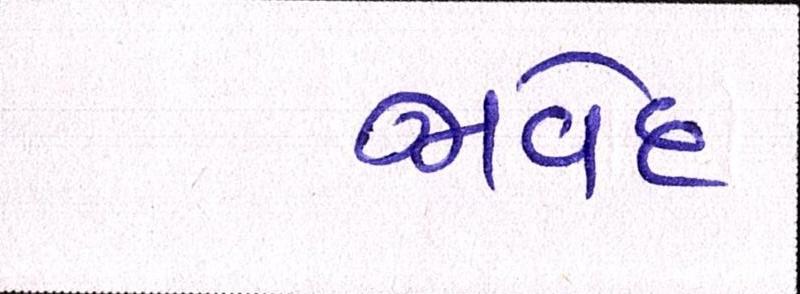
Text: જાવેદ